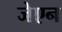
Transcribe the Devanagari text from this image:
जेएन